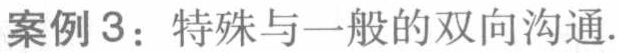
案例3：特殊与一般的双向沟通.